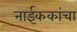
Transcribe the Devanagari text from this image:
नाईककांचा